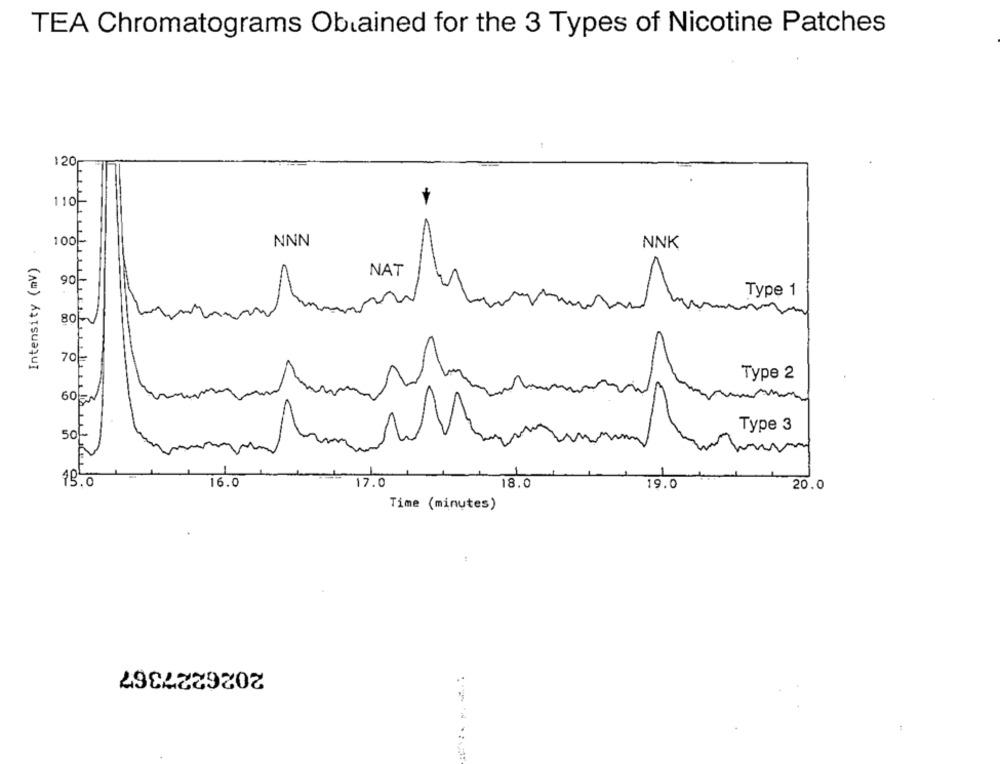
TEA Chromatograms Obtained for the 3 Types of Nicotine Patches
120
110 --
100-
NNN
NNK
Intensity (mV)
8
NAT
90
Type 1
80
70
Type 2
60
Type 3
50-
19.0
16.0
17.0
18.0
19.0
20.0
Time (minutes)
2026227367